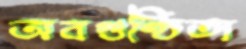
অবগুণ্ঠিতা